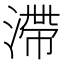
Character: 滯